Leaving Certificate Examination, 1925
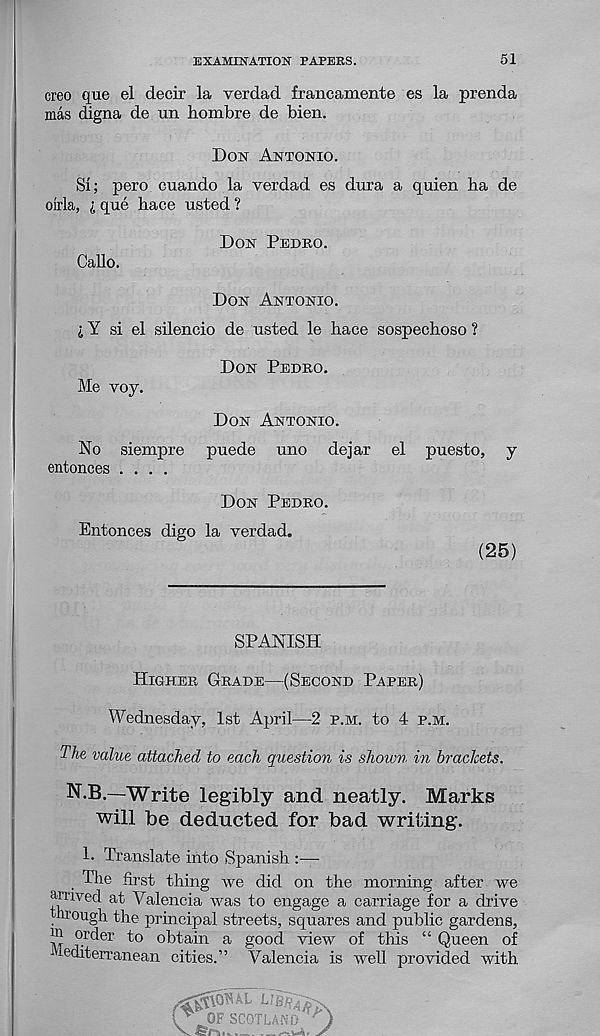
EXAMINATION PAPEES.
51
creo que el decir la verdad francamente es la prenda
mas cfigna de un hombre de bien.
Don Antonio.
SI; pero cuando la verdad es dura a quien ha de
oirla, i que hace usted ?
Don Pedro.
Gallo.
Don Antonio.
IY si el silencio de usted le hace sospechoso ?
Don Pedro.
Me voy.
Don Antonio.
No siempre puede uno dejar el puesto, y
entonces ....
Don Pedro.
Entonces digo la verdad.
(25)
SPANISH
Higher Grade—(Second Paper)
Wednesday, 1st April—2 p.m. to 4 p.m.
The value attached to each question is shoum in brackets.
N.B.—Write legibly and neatly. Marks
will be deducted for bad writing.
1. Translate into Spanish :—
The first thing we did on the morning after we
arrived at Valencia was to engage a carriage for a drive
trough the principal streets, squares and public gardens,
TVF ?. r<^er
obtain a good view of this “ Queen of
mediterranean cities.” Valencia is well provided with
\ ™ nv
t 1 5/? ■
V
OF SCOTIAN!
V
. .... ....
0